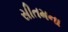
સીતમના